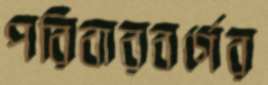
পরিবারবর্গের